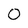
Character: 0